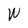
Character: W